Civil Veterinary Department. United Provinces 1923-31 - 1923-1931
Year: 1923
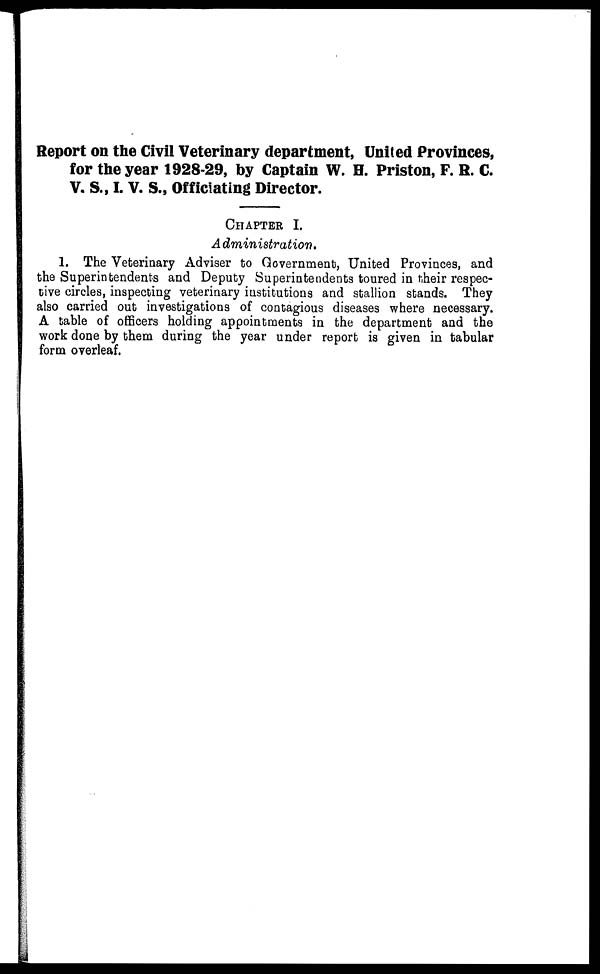
Report on the Civil Veterinary department, United Provinces,
for the year 1928-29, by Captain W. H. Priston, F. R. C.
V. S., I. V. S., Officiating Director.
CHAPTER
I.
Administration.
1. The Veterinary Adviser to Government, United Provinces, and
the Superintendents and Deputy Superintendents toured in their respec-
tive circles, inspecting veterinary institutions and stallion stands. They
also carried out investigations of contagious diseases where necessary.
A table of officers holding appointments in the department and the
work done by them during the year under report is given in tabular
form overleaf.